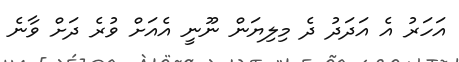
އަހަރު އެ އަދަދު ދެ މިލިޔަން ނޫނީ އެއަށް ވުރެ ދަށް ވާނެ